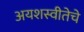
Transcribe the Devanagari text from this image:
अयशस्वीतेचे